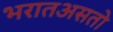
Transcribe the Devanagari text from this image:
भरातअसतो